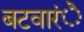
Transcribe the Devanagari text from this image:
बटवारंे